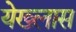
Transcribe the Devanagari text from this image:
येख्लास